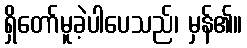
ရှိတော်မူခဲ့ပါပေသည်၊ မှန်၏။